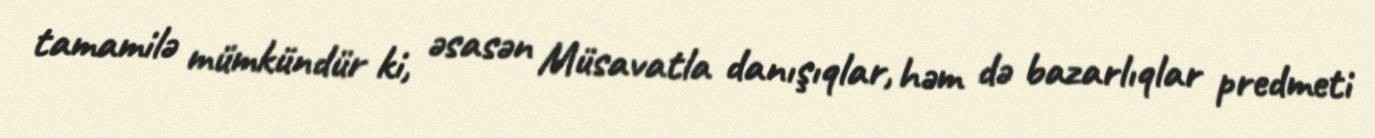
tamamilə mümkündür ki, əsasən Müsavatla danışıqlar, həm də bazarlıqlar predmeti